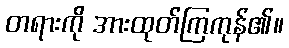
တရားကို အားထုတ်ကြကုန်၏။